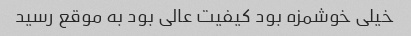
خیلی خوشمزه بود کیفیت عالی بود به موقع رسید